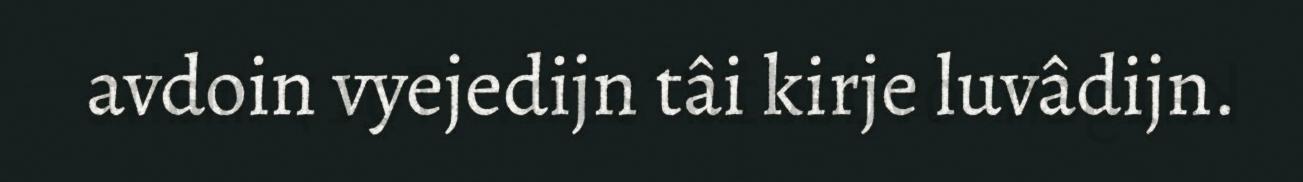
avdoin vyejedijn tâi kirje luvâdijn.